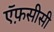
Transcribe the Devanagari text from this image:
ऍफ़सीसी